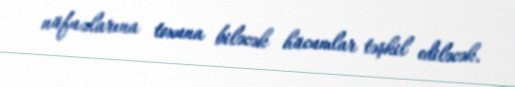
nüfuzlarına toxuna biləcək hücumlar təşkil ediləcək.